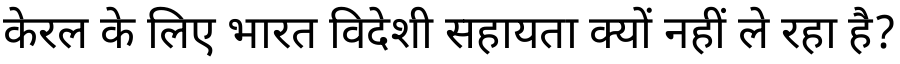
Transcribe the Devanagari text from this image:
केरल के लिए भारत विदेशी सहायता क्यों नहीं ले रहा है?